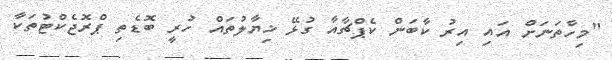
"މިހާތަނަށް އައި އިރު ކާބަން ކެޕްޗާއާ ގުޅޭ ޚިޔާލުތައް ހުރީ ބޮޑެތި ޕްރޮޖެކްޓުތަކާ